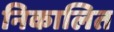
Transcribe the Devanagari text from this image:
निकालित